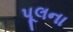
પૂલના